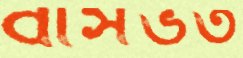
বাসভর্ত